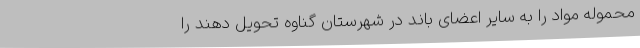
محموله مواد را به سایر اعضای باند در شهرستان گناوه تحویل دهند را